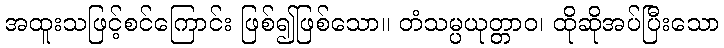
အထူးသဖြင့်စင်ကြောင်း ဖြစ်၍ဖြစ်သော။ တံသမ္ပယုတ္တာဝ၊ ထိုဆိုအပ်ပြီးသော